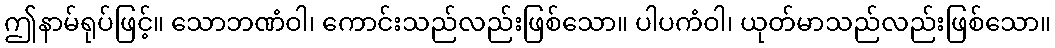
ဤနာမ်ရုပ်ဖြင့်။ သောဘဏံဝါ၊ ကောင်းသည်လည်းဖြစ်သော။ ပါပကံဝါ၊ ယုတ်မာသည်လည်းဖြစ်သော။